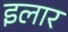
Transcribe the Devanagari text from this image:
इलार